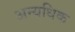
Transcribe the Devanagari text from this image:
अन्यधिक